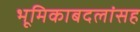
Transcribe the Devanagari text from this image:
भूमिकाबदलांसह